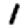
Digit: 1